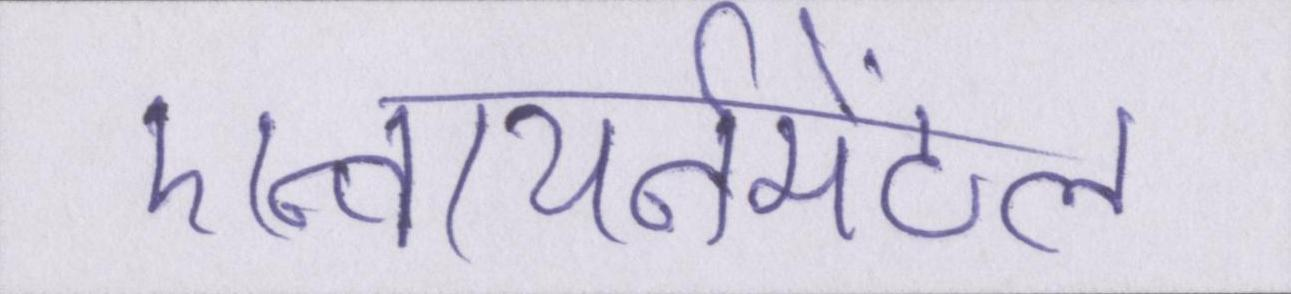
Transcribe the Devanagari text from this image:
एन्वायर्नमेंटल